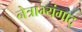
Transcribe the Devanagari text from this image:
नेत्राभ्यंगाद्